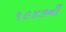
૧૯૪૭ની